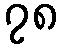
၇၈